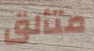
متألق